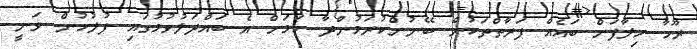
ރޫހާ ހިލާފަށް ބައެއް ފަރާތްތަކުން ބޭނުންކުރަމުންދާ ކަމަށް އެ ބައްދަލުވުމުގައި ފުލުހުން ވަނީ